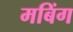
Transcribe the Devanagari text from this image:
मबिंग